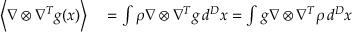
\begin{array} { r l } { \left\langle \nabla \otimes \nabla ^ { T } g ( x ) \right\rangle } & { { } = \int \rho \nabla \otimes \nabla ^ { T } g \, d ^ { D } x = \int g \nabla \otimes \nabla ^ { T } \rho \, d ^ { D } x } \end{array}